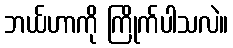
ဘယ်ဟာကို ကြိုက်ပါသလဲ။